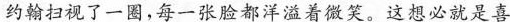
约翰扫视了一圈，每一张脸都洋溢着微笑。这想必就是喜